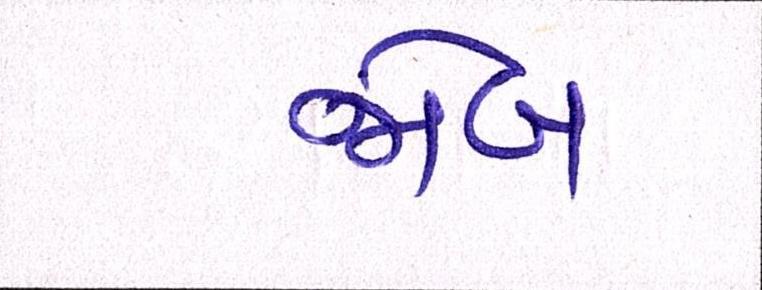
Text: જોબ